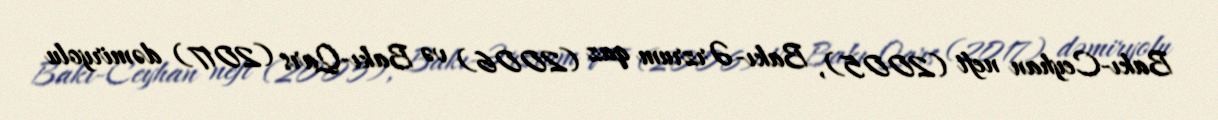
Bakı-Ceyhan neft (2005), Bakı-Ərzrum qaz (2006) və Bakı-Qars (2017) dəmiryolu